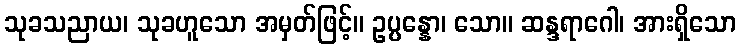
သုခသညာယ၊ သုခဟူသော အမှတ်ဖြင့်။ ဥပ္ပန္နော၊ သော။ ဆန္ဒရာဂေါ၊ အားရှိသော